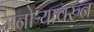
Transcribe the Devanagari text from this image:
मनोऱ्यावरुन